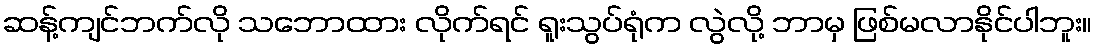
ဆန့်ကျင်ဘက်လို သဘောထား လိုက်ရင် ရူးသွပ်ရုံက လွဲလို့ ဘာမှ ဖြစ်မလာနိုင်ပါဘူး။